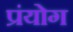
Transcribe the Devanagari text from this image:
प्रंयोग